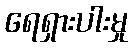
ရေရှားပါးမှု